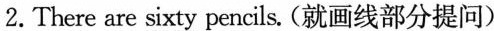
2.There are sixty pencils. (就画线部分提问)